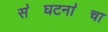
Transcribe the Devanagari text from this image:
स॓घटना॓चा